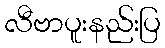
လီဗာပူးနည်းပြ